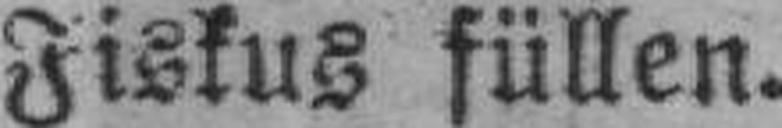
Fiskus füllen.